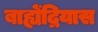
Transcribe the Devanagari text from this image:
बाह्येंद्रियास